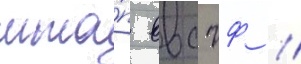
мта́п ввс чф //